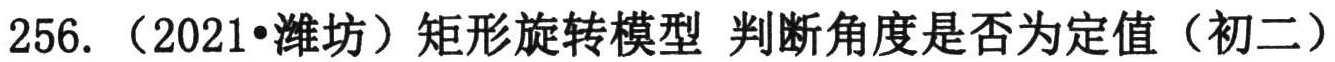
256. （2021•潍坊）矩形旋转模型 判断角度是否为定值（初二）